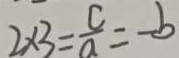
2 \times 3 = \frac { c } { a } = - b